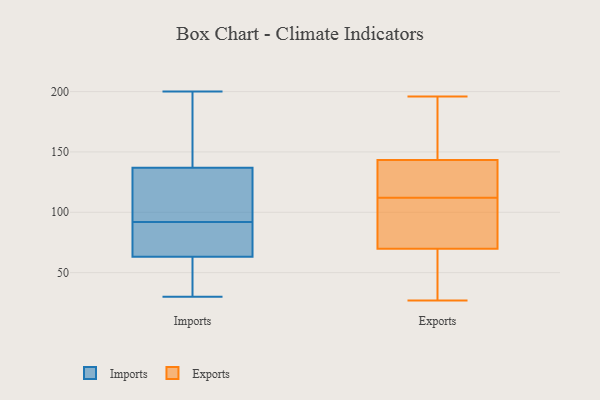
{"axis": {"x": "LTV (USD)", "y": "Value"}, "legend": ["Exports", "Imports"], "data": [{"x": "", "y": 200, "type": "Imports"}, {"x": "", "y": 37, "type": "Imports"}, {"x": "", "y": 68, "type": "Imports"}, {"x": "", "y": 194, "type": "Imports"}, {"x": "", "y": 88, "type": "Imports"}, {"x": "", "y": 62, "type": "Imports"}, {"x": "", "y": 30, "type": "Imports"}, {"x": "", "y": 92, "type": "Imports"}, {"x": "", "y": 122, "type": "Imports"}, {"x": "", "y": 34, "type": "Imports"}, {"x": "", "y": 67, "type": "Imports"}, {"x": "", "y": 104, "type": "Imports"}, {"x": "", "y": 162, "type": "Imports"}, {"x": "", "y": 108, "type": "Imports"}, {"x": "", "y": 142, "type": "Imports"}, {"x": "", "y": 142, "type": "Exports"}, {"x": "", "y": 118, "type": "Exports"}, {"x": "", "y": 98, "type": "Exports"}, {"x": "", "y": 133, "type": "Exports"}, {"x": "", "y": 69, "type": "Exports"}, {"x": "", "y": 147, "type": "Exports"}, {"x": "", "y": 112, "type": "Exports"}, {"x": "", "y": 140, "type": "Exports"}, {"x": "", "y": 64, "type": "Exports"}, {"x": "", "y": 108, "type": "Exports"}, {"x": "", "y": 72, "type": "Exports"}, {"x": "", "y": 47, "type": "Exports"}, {"x": "", "y": 70, "type": "Exports"}, {"x": "", "y": 155, "type": "Exports"}, {"x": "", "y": 196, "type": "Exports"}, {"x": "", "y": 176, "type": "Exports"}, {"x": "", "y": 27, "type": "Exports"}]}